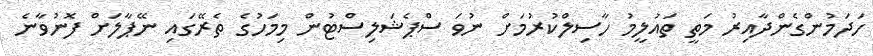
ހަދަމުންގެންދާއިރު މަތީ ތައުލީމު ހާސިލްކުރުމަށް ނުވަ ސްޕެޝަލިސްޓުން މިމަހުގެ ތެރޭގައި ނޭޕާލަށް ފޮނުވާނެ